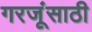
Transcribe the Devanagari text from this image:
गरजूंसाठी